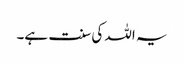
یہ اللہ کی سنت ہے۔